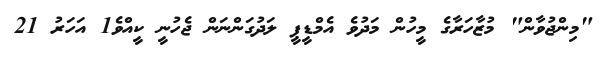
"މިންޖުވާން" މުޒާހަރާގެ މީހުން މަދުވެ އެމްޑީޕީ ލަދުގަންނަން ޖެހުނީ ކީއްވެ1 އަހަރު 21